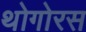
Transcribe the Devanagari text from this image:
थोगोरस